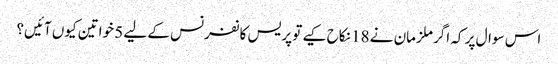
اس سوال پر کہ اگر ملزمان نے 18 نکاح کیے تو پریس کانفرنس کے لیے 5 خواتین کیوں آئیں؟